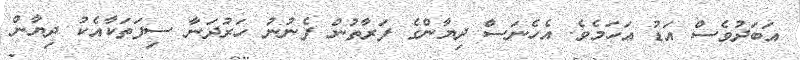
އަބަދުވެސް އަޑު އަހަމެވެ. އެހެނަސް ދިޔާންގެ ފަރާތުން ފެނުނު ހަރުދަނާ ސިފަތަކާއެކު ދިޔާން